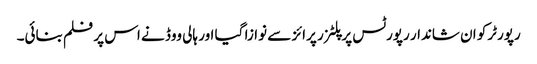
رپورٹرکو ان شاندار رپورٹس پر پلٹزر پرائز سے نوازا گیا اور ہالی ووڈ نے اس پر فلم بنائی۔